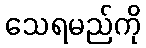
သေရမည်ကို